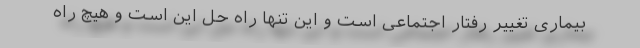
بیماری تغییر رفتار اجتماعی است و این تنها راه حل این است و هیچ راه